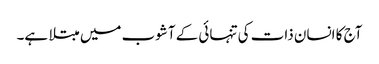
آج کا انسان ذات کی تنہائی کے آشوب میں مبتلا ہے۔